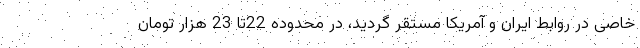
خاصی در روابط ایران و آمریکا مستقر گردید، در محدوده 22تا 23 هزار تومان